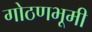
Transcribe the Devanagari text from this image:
गोठणभूमी